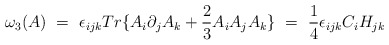
\begin{align*}\omega_3(A) \ = \ \epsilon_{ijk}Tr\{ A_i \partial_j A_k +\frac{2}{3}A_i A_j A_k \} \ = \ \frac{1}{4} \epsilon_{ijk}C_i H_{jk}\end{align*}